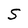
Character: S